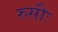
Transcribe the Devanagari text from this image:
रुसीः